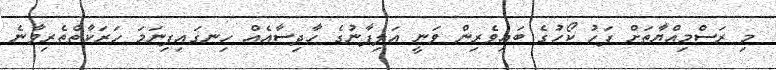
މި ރަސްމިއްޔާތަށް ފަހު ކޯހުގެ ބައިވެރިން ވަނީ އަލިފާނުގެ ހާދިސާއެއް ހިނގައިފިނަމަ ހަރަކާތްތެރިވާނެ